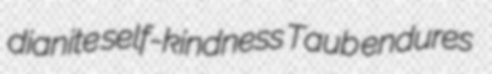
dianite self-kindness Taub endures